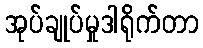
အုပ်ချုပ်မှုဒါရိုက်တာ